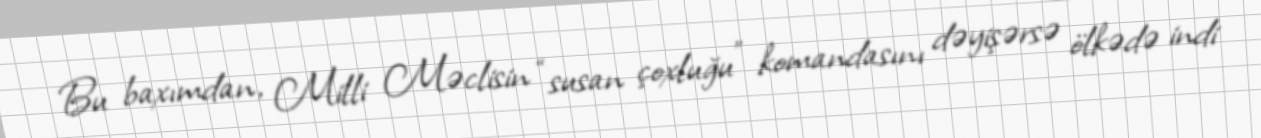
Bu baxımdan, Milli Məclisin “susan çoxluğu” komandasını dəyişərsə ölkədə indi